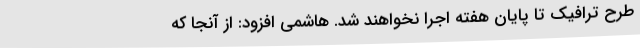
طرح ترافیک تا پایان هفته اجرا نخواهند شد. هاشمی افزود: از آنجا که